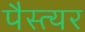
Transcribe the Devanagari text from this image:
पैस्त्यर